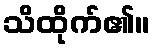
သိထိုက်၏။